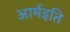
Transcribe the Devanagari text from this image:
आर्मइति